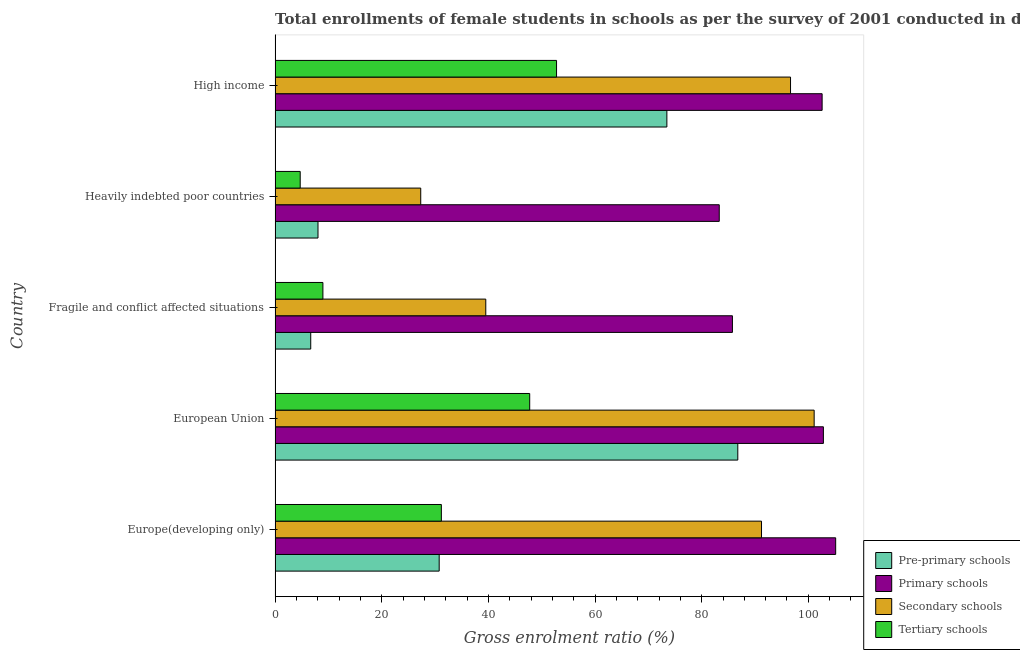
| Country | Pre-primary schools | Primary schools | Secondary schools | Tertiary schools |
 | --- | --- | --- | --- | --- |
 | Europe(developing only) | 30.8 | 105 | 91.2 | 31.2 |
 | European Union | 86.8 | 103 | 101 | 47.8 |
 | Fragile and conflict affected situations | 6.69 | 85.8 | 39.5 | 8.97 |
 | Heavily indebted poor countries | 8.05 | 83.3 | 27.3 | 4.71 |
 | High income | 73.5 | 103 | 96.7 | 52.8 |